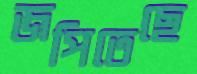
জপিতেছে